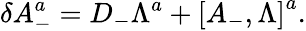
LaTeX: \delta A_{-}^{a}=D_{-}\Lambda^{a}+\left[A_{-},\Lambda\right]^{a}.